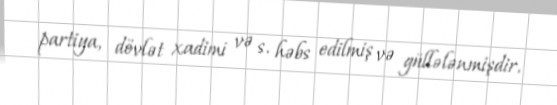
partiya, dövlət xadimi və s. həbs edilmiş və güllələnmişdir.